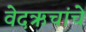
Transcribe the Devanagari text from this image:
वेदऋचांचे